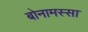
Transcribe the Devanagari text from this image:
बोनामस्सा